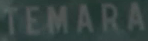
TEMARA